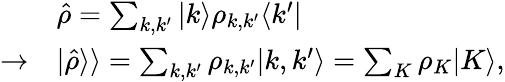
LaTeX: \begin{array}{rl}&{\hat{\rho}=\sum_{k,k^{\prime}}\vert k\rangle\rho_{k,k^{\prime}}\langle k^{\prime}\vert}\\ {\rightarrow}&{\vert\hat{\rho}\rangle\rangle=\sum_{k,k^{\prime}}\rho_{k,k^{\prime}}\vert k,k^{\prime}\rangle=\sum_{K}\rho_{K}\vert K\rangle,}\end{array}